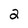
Character: 2